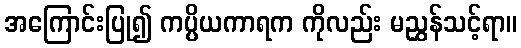
အကြောင်းပြု၍ ကပ္ပိယကာရက ကိုလည်း မညွှန်သင့်ရာ။